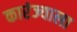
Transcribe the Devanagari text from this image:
कारंज्याला